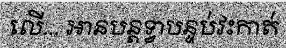
លើ... អានបន្តទ្វាបន្ទប់វះកាត់